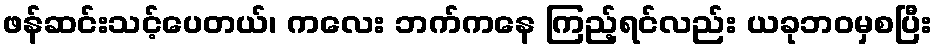
ဖန်ဆင်းသင့်ပေတယ်၊ ကလေး ဘက်ကနေ ကြည့်ရင်လည်း ယခုဘဝမှစပြီး